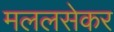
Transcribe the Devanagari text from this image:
मललसेकर